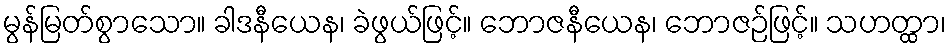
မွန်မြတ်စွာသော။ ခါဒနီယေန၊ ခဲဖွယ်ဖြင့်။ ဘောဇနီယေန၊ ဘောဇဉ်ဖြင့်။ သဟတ္ထာ၊